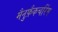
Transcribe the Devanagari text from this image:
मैनुफ़ैकचरिंग